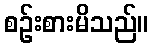
စဉ်းစားမိသည်။